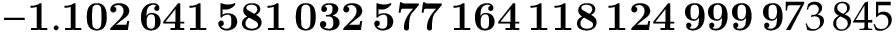
\mathbf { - 1 . 1 0 2 \, 6 4 1 \, 5 8 1 \, 0 3 2 \, 5 7 7 \, 1 6 4 \, 1 1 8 \, 1 2 4 \, 9 9 9 \, 9 } 7 3 \, 8 4 5